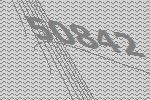
50842